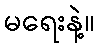
မရေးနဲ့။